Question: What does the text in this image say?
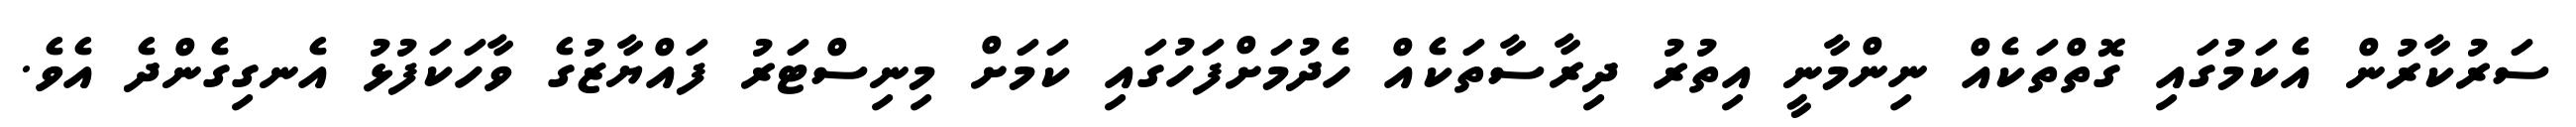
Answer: ސަރުކާރުން އެކަމުގައި ގޮތްތަކެއް ނިންމާނީ އިތުރު ދިރާސާތަކެއް ހެދުމަށްފަހުގައި ކަމަށް މިނިސްޓަރު ފައްޔާޒުގެ ވާހަކަފުޅު އެނގިގެންދެ އެވެ.